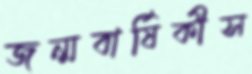
জন্মবার্ষিকীস